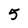
Character: 5